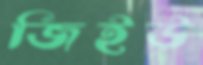
জিইউ